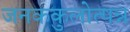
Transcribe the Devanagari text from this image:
जनककुलोत्पन्न